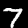
Digit: 7